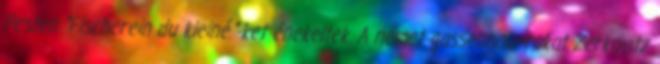
Pesten "Fischerein du kleiné."-ket énekeltek. A német gassenhauerokat Zerkovitz